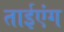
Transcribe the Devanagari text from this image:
ताईएंग